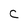
Character: c